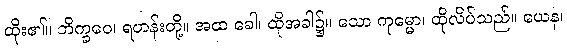
ထိုး၏။ ဘိက္ခဝေ၊ ရဟန်းတို့။ အထ ခေါ၊ ထိုအခါ၌။ သော ကုမ္မော၊ ထိုလိပ်သည်။ ယေန၊